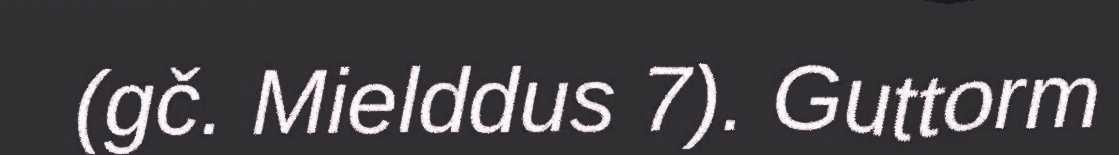
(gč. Mielddus 7). Guttorm